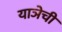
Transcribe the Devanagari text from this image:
याञेची